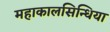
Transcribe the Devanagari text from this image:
महाकालसिन्धिया